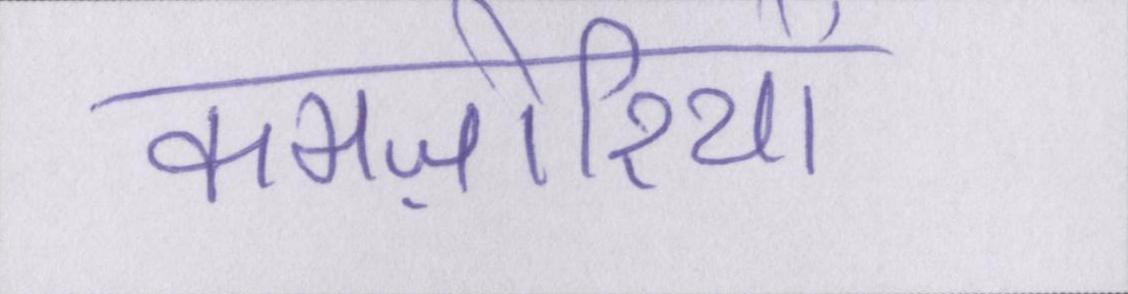
कमज़ोरियों